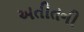
અતીતની